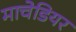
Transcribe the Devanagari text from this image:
माचेडियर